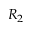
R _ { 2 }